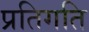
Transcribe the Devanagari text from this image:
प्रतिगति